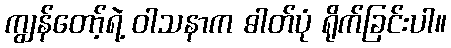
ကျွန်တော့်ရဲ့ ဝါသနာက ဓါတ်ပုံ ရိုက်ခြင်းပါ။